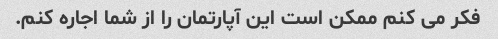
فکر می کنم ممکن است این آپارتمان را از شما اجاره کنم.